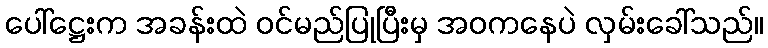
ပေါ်ဋ္ဌေးက အခန်းထဲ ဝင်မည်ပြုပြီးမှ အဝကနေပဲ လှမ်းခေါ်သည်။